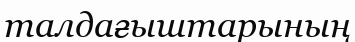
талдағыштарының